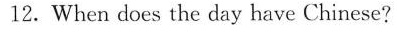
12.When does the day have Chinese?